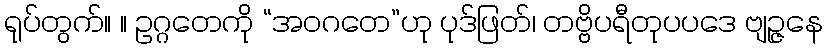
ရုပ်တွက်။ ။ ဥဂ္ဂတေကို “အဝဂတေ”ဟု ပုဒ်ဖြတ်၊ တဗ္ဗိပရီတုပပဒေ ဗျဉ္ဇနေ